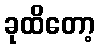
ခုထိတော့